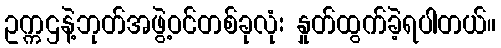
ဥက္ကဌနဲ့ဘုတ်အဖွဲ့ဝင်တစ်ခုလုံး နှုတ်ထွက်ခဲ့ရပါတယ်။